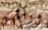
ورائهم